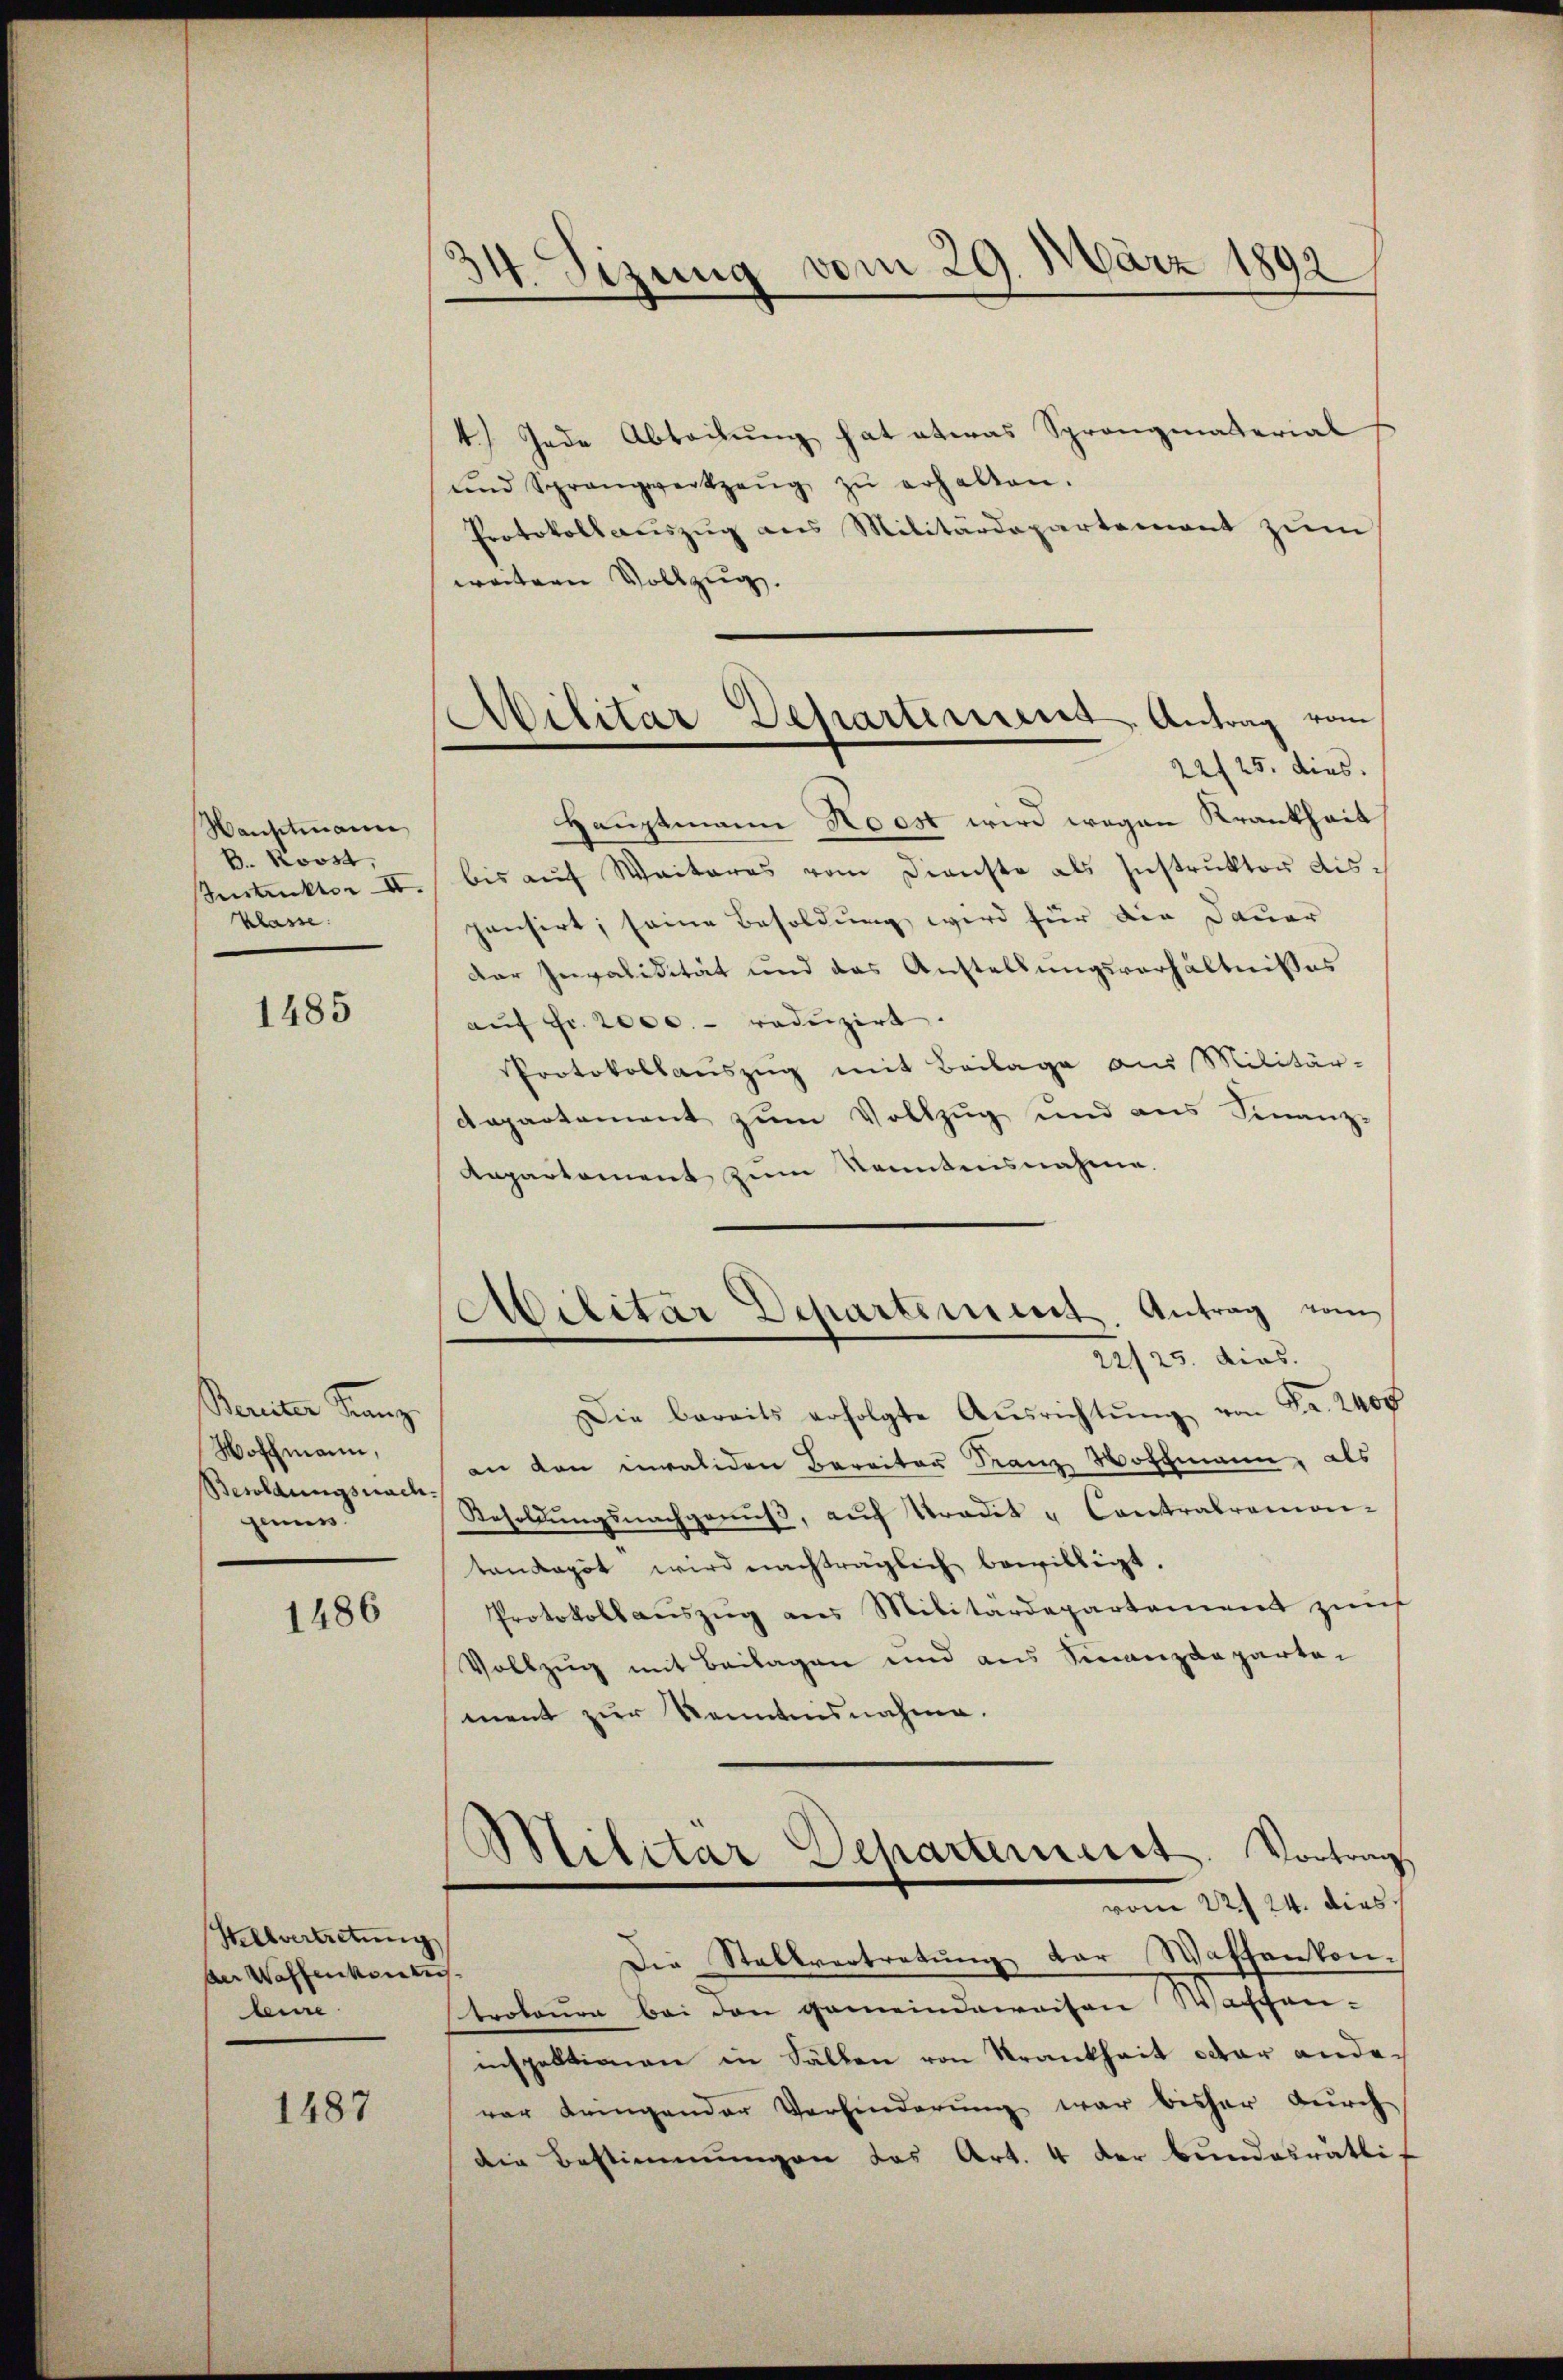
Hauptmann
B. Roost,
Instruktor II.
klasse.

1485

Beilen Franz.
Woffmann,
Besoldungsnach.
genuss.

1486

Helvertretung
der Waffen konnten
beire

1487

34. Sizung vom 29. März 1892

Militar Departement. Antrag vom
22/25. dies

1.) Jede Abteilung hat etwas Sprangmaterial
und Sprangwerkzeŭg zŭ erhalten.
Protokollauszug aus Militärdepartement zum
weitern Vollzug.
Hauptmann Roost wird wegen Krankheit
bis auf Weiteres vom Dienste als Instruktor dispensirt; seine Besoldung wird für die Dauer
Der Invalidität und das Anstellungsverhältnisses
aŭf Fr. 2000. reduzirt.
Protokollauszug mit Beilage aus Militär-
departement zum Vollzug und ans Finanz-
Anpartement zŭm Sonntensnahme.
Ailitär Departement. Antrag vom
22/25. dies.
Die bereits erfolgte Aŭsrichtŭng von Fr. 2400
an den validen Bereiter Franz Hoffmann, als
Resoldŭngsnachgenŭβ, auf Stradet u Contralremon-
tankapot wird nachträglich bewilligt.
Protokollauszug aus Militärdepartement zunf
Vollzug mit Beilagen und aus Finanzdepartei
ment zur Kenntnisnahme.
Militar Departement. Vortrag
vom 22t 24. dies
Die Stellvertretung der Waffenkontrokoura bei den gemeindeweisen Wachsaninspektionen in Fällen von Krankheit oder andevor bringender Verhinderung war bisher durch
die Bestimmungen das Art. 4 der Bundesrätlis